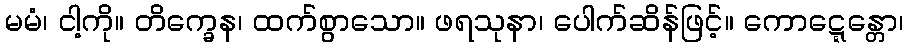
မမံ၊ ငါ့ကို။ တိက္ခေန၊ ထက်စွာသော။ ဖရသုနာ၊ ပေါက်ဆိန်ဖြင့်။ ကောဋ္ဋေန္တော၊